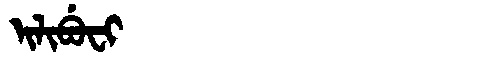
Manchu: ᡳᠯᡳᠪᡠᠸᡳ
Romanization: ILIBUFI